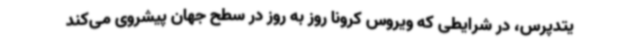
یتدپرس، در شرایطی که ویروس کرونا روز به روز در سطح جهان پیشروی می‌کند